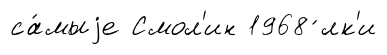
са́мыjе Смол'ин 1968 ́лк'и